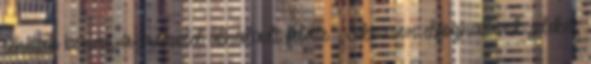
lehettek benne, a műhold áthaladt felette. „Sikeresen elfoghattunk jeleket,